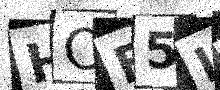
Text: HOF5LJ